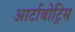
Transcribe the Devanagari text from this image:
आर्टाबोट्रिस